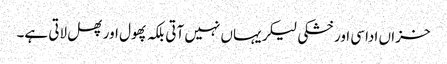
خزاں اداسی اور خشکی لیکر یہاں نہیں آتی بلکہ پھول اور پھل لاتی ہے۔